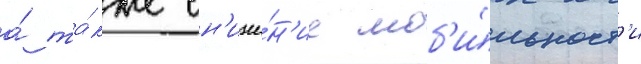
а́ та́кже сн'иже́н'ие моб'и́льност'и